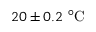
2 0 \pm 0 . 2 \ ^ { \circ } \mathrm { C }